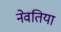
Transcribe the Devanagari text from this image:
नेवतिया